system: You are a helpful assistant.
user:
Analyze the provided spectrum to determine if it is a **S-type Star**.

- **Key Indicators for S-type Star:**

    - **(Overall Spectrum Shape):** The first and most obvious characteristic is the overall continuum (the "baseline" shape). It is **extremely "red-sloping,"** meaning the flux (light intensity) is very low on the left side (blue, ~4000-4500 Å) and rises steeply and continuously toward the right side (red, ~7000 Å+).

    - **(Primary):** The spectrum is defined by the presence of strong, broad molecular absorption "valleys" (bands) from **Zirconium Oxide (ZrO)**. The identification of these bands is the **primary requirement** for classifying a star as S-type.
        - **(Key Bandheads):** You must find distinct, deep "dips" where the light has been absorbed. The most critical band systems to locate are:
            - **~6474 Å** ($\gamma$-system): This is often the strongest and clearest ZrO feature, found in the red part of the spectrum.
            - **~5718 Å** & **~5551 Å** ($\beta$-system): A pair of prominent absorption features in the yellow-orange part of the spectrum.
            - **~4640 Å** ($\alpha$-system): A key absorption band system in the blue-green region of the spectrum.

    - **(Secondary Confirmation):** The classification is strengthened by finding additional absorption bands from other related heavy element oxides, which are expected to be present alongside ZrO.
        - **(Key Bandheads):**
            - **Yttrium Oxide (YO):** Look for absorption dips near **~4800 Å** and **~6100 Å**.
            - **Lanthanum Oxide (LaO):** Additional absorption features, particularly in the red-orange part of the spectrum, are also characteristic.

    - **(Line Profile):** The combination of the steep red continuum and these numerous, deep molecular bands (ZrO, YO, etc.) gives the entire spectrum a very **"chopped-up"** or **"bumpy"** appearance. Instead of a smooth curve, the spectrum looks as though large, wide chunks of light have been "carved out" of it at the specific wavelengths listed above.

Think first, call **spectral_visualization_tool** if needed to examine features in detail, then provide your final answer. Your response must adhere to the following strict rules:
1.  **Overall Structure:** Your response must follow the format `<think>...</think> <tool_call>...</tool_call> (if a tool is used) <answer>...</answer>`.
2.  **Tool Usage Constraint:** You may only make **one** tool call per turn.
3.  **Final Answer Format:** In the `<answer>` tag, your conclusion must be inside a `\boxed{}` command (e.g., `\boxed{YES}` or `\boxed{NO}`), followed by your justification.

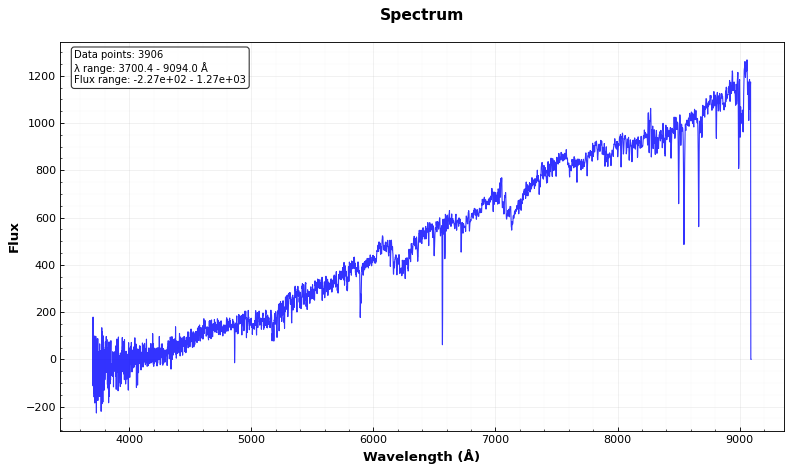
Answer: NO